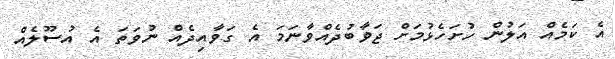
އެ ކަމެއް އަލުން ހުށަހެޅުމަށް ޖަވާބުދެއްވާނަމަ އެ ގަވާއިދެއް ނުވަތަ އެ އުސޫލެއް